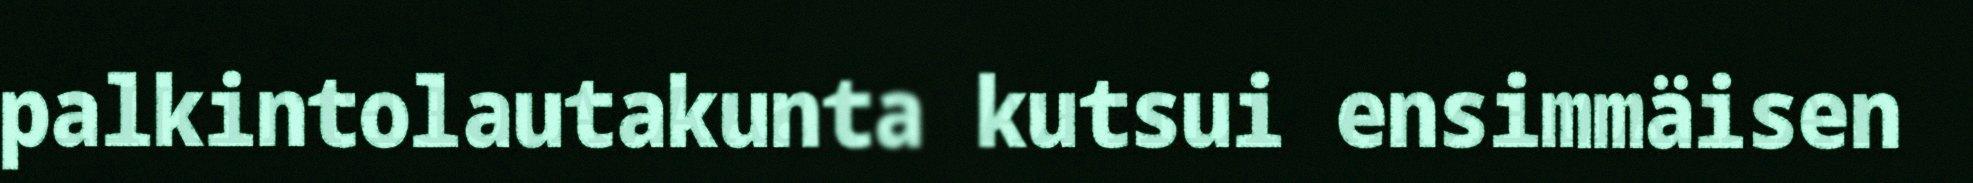
palkintolautakunta kutsui ensimmäisen